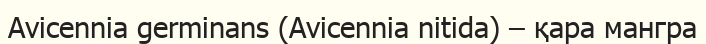
Avicennia germinans (Avicennia nitida) – қара мангра